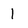
Character: 1